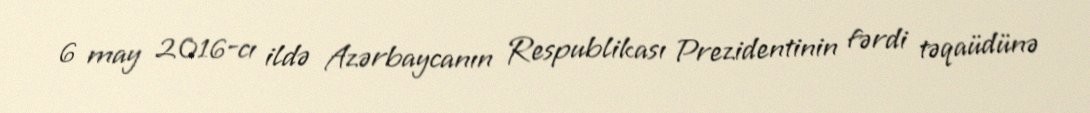
6 may 2016-cı ildə Azərbaycanın Respublikası Prezidentinin fərdi təqaüdünə